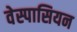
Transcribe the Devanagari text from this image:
वेस्पासियन